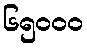
၆၅၀၀၀